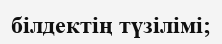
білдектің түзілімі;